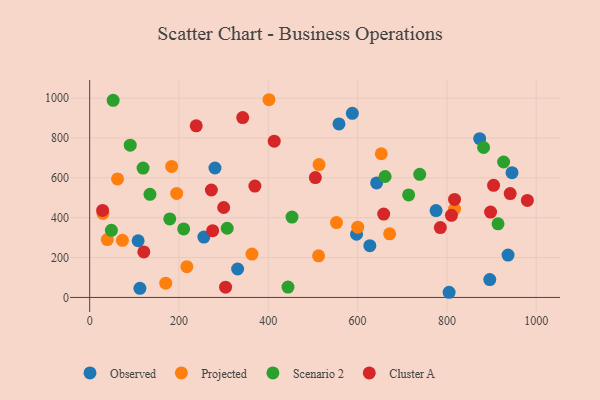
{"axis": {"x": "Experience", "y": "Profit"}, "legend": ["Cluster A", "Observed", "Projected", "Scenario 2"], "data": [{"x": "255.8", "y": 302.8, "type": "Observed"}, {"x": "804.9", "y": 25.9, "type": "Observed"}, {"x": "108.5", "y": 284.5, "type": "Observed"}, {"x": "775.7", "y": 435.7, "type": "Observed"}, {"x": "936.9", "y": 212.4, "type": "Observed"}, {"x": "945.8", "y": 625.9, "type": "Observed"}, {"x": "873.4", "y": 796.8, "type": "Observed"}, {"x": "588.2", "y": 923.8, "type": "Observed"}, {"x": "627.4", "y": 259.7, "type": "Observed"}, {"x": "331.3", "y": 142.8, "type": "Observed"}, {"x": "558.3", "y": 871.0, "type": "Observed"}, {"x": "112.5", "y": 45.9, "type": "Observed"}, {"x": "280.6", "y": 649.6, "type": "Observed"}, {"x": "597.6", "y": 317.0, "type": "Observed"}, {"x": "642.6", "y": 574.6, "type": "Observed"}, {"x": "896.0", "y": 89.4, "type": "Observed"}, {"x": "39.5", "y": 290.5, "type": "Projected"}, {"x": "653.0", "y": 721.0, "type": "Projected"}, {"x": "363.4", "y": 217.6, "type": "Projected"}, {"x": "513.7", "y": 666.6, "type": "Projected"}, {"x": "671.8", "y": 319.2, "type": "Projected"}, {"x": "817.1", "y": 443.6, "type": "Projected"}, {"x": "194.8", "y": 521.8, "type": "Projected"}, {"x": "29.7", "y": 421.4, "type": "Projected"}, {"x": "62.4", "y": 594.8, "type": "Projected"}, {"x": "217.6", "y": 154.3, "type": "Projected"}, {"x": "73.3", "y": 286.6, "type": "Projected"}, {"x": "183.6", "y": 657.6, "type": "Projected"}, {"x": "401.5", "y": 992.2, "type": "Projected"}, {"x": "170.3", "y": 71.5, "type": "Projected"}, {"x": "552.7", "y": 375.9, "type": "Projected"}, {"x": "512.6", "y": 208.8, "type": "Projected"}, {"x": "600.3", "y": 352.8, "type": "Projected"}, {"x": "453.1", "y": 403.2, "type": "Scenario 2"}, {"x": "119.6", "y": 649.0, "type": "Scenario 2"}, {"x": "179.4", "y": 393.9, "type": "Scenario 2"}, {"x": "48.6", "y": 336.8, "type": "Scenario 2"}, {"x": "444.1", "y": 51.8, "type": "Scenario 2"}, {"x": "90.8", "y": 764.0, "type": "Scenario 2"}, {"x": "210.5", "y": 343.6, "type": "Scenario 2"}, {"x": "661.6", "y": 606.8, "type": "Scenario 2"}, {"x": "739.1", "y": 617.9, "type": "Scenario 2"}, {"x": "308.0", "y": 347.3, "type": "Scenario 2"}, {"x": "914.5", "y": 369.5, "type": "Scenario 2"}, {"x": "714.3", "y": 514.5, "type": "Scenario 2"}, {"x": "882.2", "y": 752.4, "type": "Scenario 2"}, {"x": "927.0", "y": 679.6, "type": "Scenario 2"}, {"x": "52.6", "y": 989.1, "type": "Scenario 2"}, {"x": "135.0", "y": 517.6, "type": "Scenario 2"}, {"x": "29.0", "y": 436.7, "type": "Cluster A"}, {"x": "785.3", "y": 350.5, "type": "Cluster A"}, {"x": "370.0", "y": 559.0, "type": "Cluster A"}, {"x": "275.4", "y": 334.8, "type": "Cluster A"}, {"x": "810.2", "y": 412.1, "type": "Cluster A"}, {"x": "304.3", "y": 51.4, "type": "Cluster A"}, {"x": "658.4", "y": 418.1, "type": "Cluster A"}, {"x": "342.7", "y": 902.7, "type": "Cluster A"}, {"x": "272.5", "y": 539.1, "type": "Cluster A"}, {"x": "904.5", "y": 562.4, "type": "Cluster A"}, {"x": "980.2", "y": 487.0, "type": "Cluster A"}, {"x": "941.7", "y": 521.4, "type": "Cluster A"}, {"x": "897.8", "y": 428.4, "type": "Cluster A"}, {"x": "300.1", "y": 451.3, "type": "Cluster A"}, {"x": "505.4", "y": 601.6, "type": "Cluster A"}, {"x": "817.1", "y": 491.8, "type": "Cluster A"}, {"x": "238.6", "y": 861.3, "type": "Cluster A"}, {"x": "121.3", "y": 228.3, "type": "Cluster A"}, {"x": "413.3", "y": 784.1, "type": "Cluster A"}]}